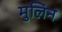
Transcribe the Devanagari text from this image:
मुलिन